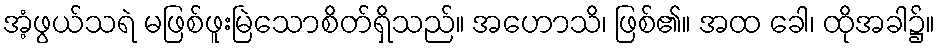
အံ့ဖွယ်သရဲ မဖြစ်ဖူးမြဲသောစိတ်ရှိသည်။ အဟောသိ၊ ဖြစ်၏။ အထ ခေါ၊ ထိုအခါ၌။